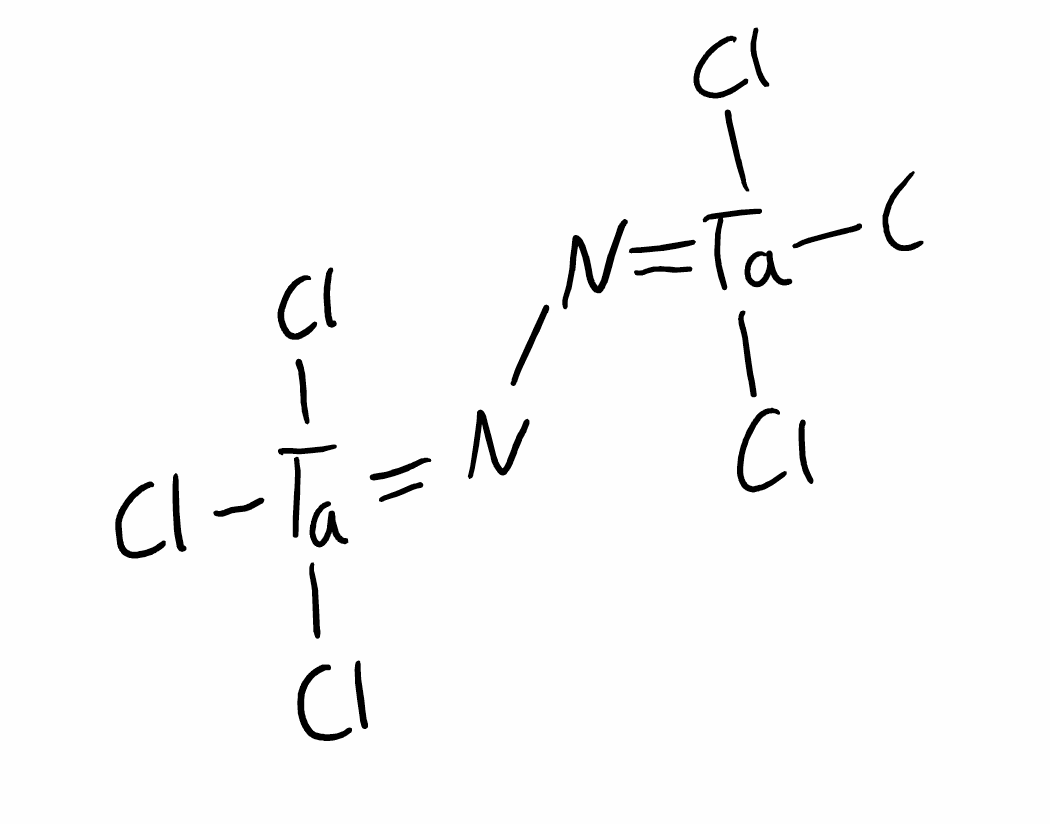
Simplified molecular-input line-entry system (SMILES) notation of the given molecule:
N(=[Ta](Cl)(Cl)Cl)N=[Ta](Cl)(Cl)Cl